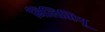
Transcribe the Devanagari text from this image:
मिलिमियू